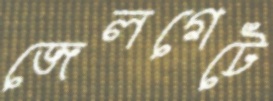
জেলগেটে